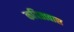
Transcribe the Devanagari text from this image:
कवितावास